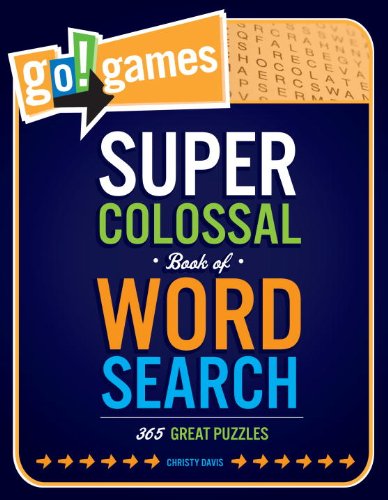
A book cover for Go!Games Super Colossal Book of Word Search: 365 Great Puzzles; Christy Davis; Humor & Entertainment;